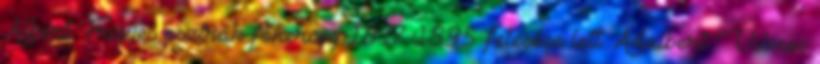
Albert Frigyes osztrák főherceg 1817–1895 felesége lett. Adalbert Vilmos